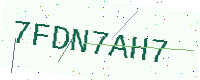
Text: 7FDN7AH7